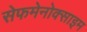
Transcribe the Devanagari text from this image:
सेफमेनोक्साइम